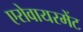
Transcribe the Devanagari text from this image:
एरोवायरमेंट